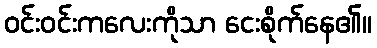
ဝင်းဝင်းကလေးကိုသာ ငေးစိုက်နေ၏။